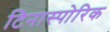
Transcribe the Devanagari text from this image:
टिनास्पोरिक